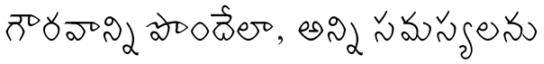
గౌరవాన్ని పొందేలా, అన్ని సమస్యలను